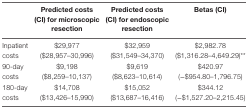
|  | Predicted costs (CI) for microscopic resection | Predicted costs (CI) for endoscopic resection | Betas (CI) |
 | --- | --- | --- | --- |
 | Inpatient costs | $29,977 ($28,957–30,996) | $32,959 ($31,549–34,370) | $2,982.78 ($1,316.28–4,649.29)** |
 | 90-day costs | $9,198 ($8,259–10,137) | $9,619 ($8,623–10,614) | $420.97 (−$954.80–1,796.75) |
 | 180-day costs | $14,708 ($13,426–15,990) | $15,052 ($13,687–16,416) | $344.12 (−$1,527.20–2,215.45) |